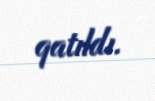
qatıldı.